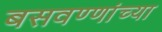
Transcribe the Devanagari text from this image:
बसवण्णांच्या